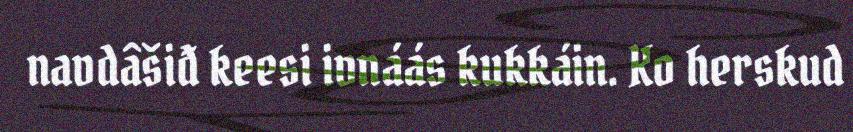
navdâšiđ keesi ivnáás kukkáin. Ko herskud